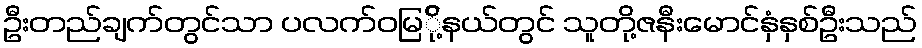
ဦးတည်ချက်တွင်သာ ပလက်ဝမြ်ို့နယ်တွင် သူတို့ဇနီးမောင်နှံနှစ်ဦးသည်